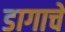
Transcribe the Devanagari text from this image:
डागाचे